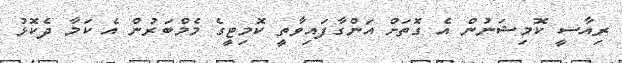
ރިއާސީ ކޮމިޝަނުން އެ ގޮތަށް އަންގާފައިވާތީ ކޮމިޓީގެ މެމްބަރުން އެ ކަމާ ދެކޮޅު